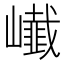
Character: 𭗨